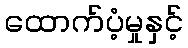
ထောက်ပံ့မှုနှင့်